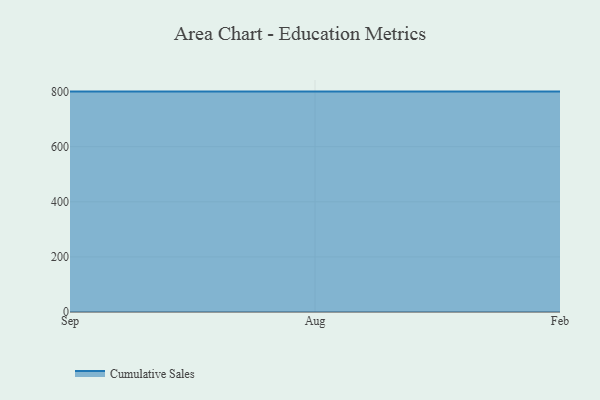
{"axis": {"x": "Month", "y": "Bounce Rate (%)"}, "legend": ["Cumulative Sales"], "data": [{"x": "Sep", "y": 800, "type": "Cumulative Sales"}, {"x": "Aug", "y": 800, "type": "Cumulative Sales"}, {"x": "Feb", "y": 800, "type": "Cumulative Sales"}]}